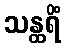
သန္ထရိံ